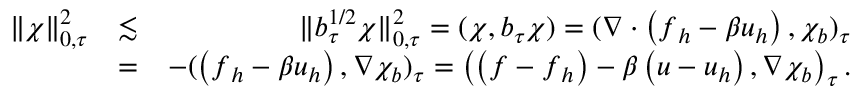
\begin{array} { r l r } { \| \chi \| _ { 0 , \tau } ^ { 2 } } & { \lesssim } & { \| b _ { \tau } ^ { 1 / 2 } \chi \| _ { 0 , \tau } ^ { 2 } = ( \chi , b _ { \tau } \chi ) = ( \nabla \cdot \left( \boldsymbol { f } _ { h } - \beta \boldsymbol { u } _ { h } \right) , \chi _ { b } ) _ { \tau } } \\ & { = } & { - ( \left( \boldsymbol { f } _ { h } - \beta \boldsymbol { u } _ { h } \right) , \nabla \chi _ { b } ) _ { \tau } = \left( \left( \boldsymbol { f } - \boldsymbol { f } _ { h } \right) - \beta \left( \boldsymbol { u } - \boldsymbol { u } _ { h } \right) , \nabla \chi _ { b } \right) _ { \tau } . } \end{array}